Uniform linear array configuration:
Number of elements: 24
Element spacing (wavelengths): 0.75
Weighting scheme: hann
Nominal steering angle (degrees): -15
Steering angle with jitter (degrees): -14.591
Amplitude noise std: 0.05
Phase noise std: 0.05

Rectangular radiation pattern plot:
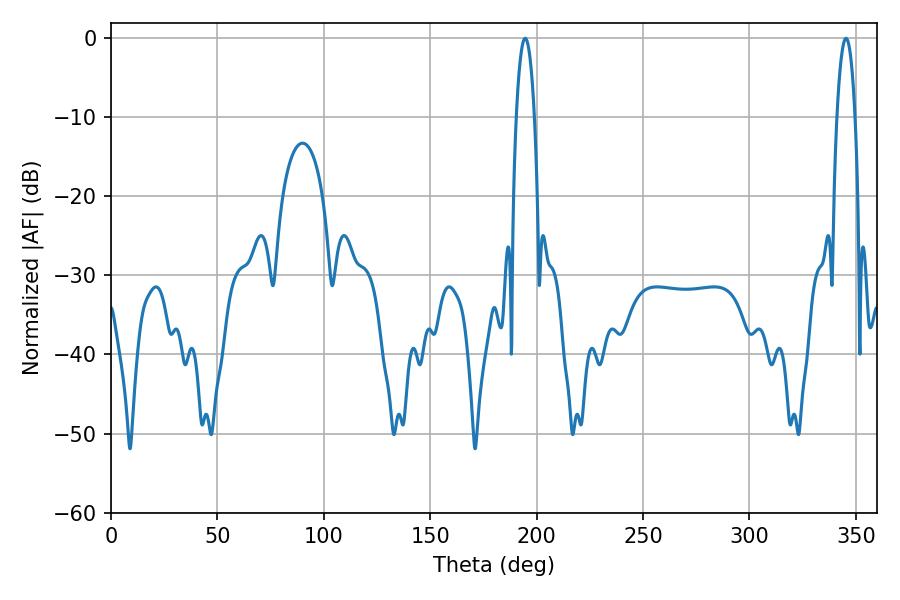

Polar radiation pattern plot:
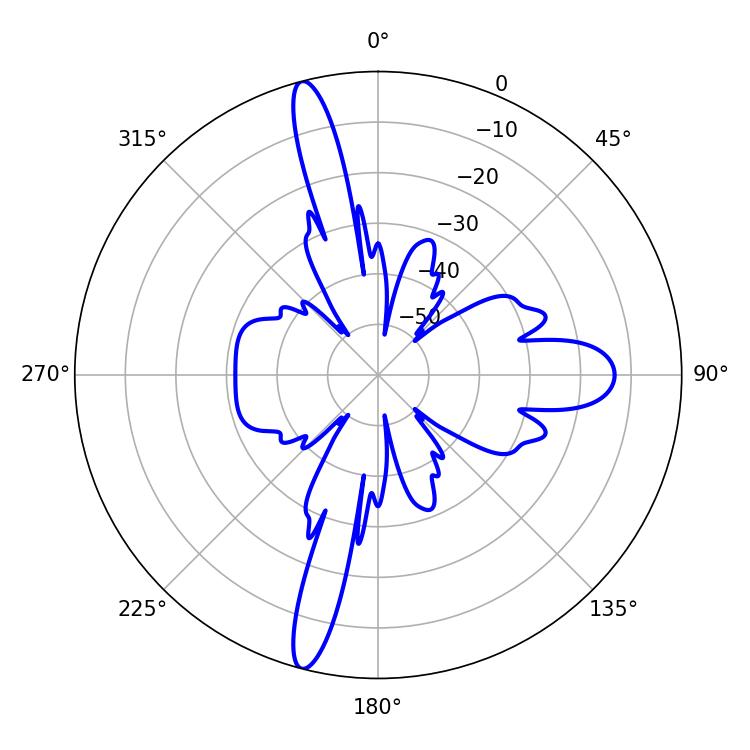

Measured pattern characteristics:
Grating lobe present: TRUE
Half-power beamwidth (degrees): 4.68
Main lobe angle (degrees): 194.58